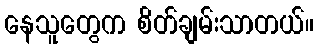
နေသူတွေက စိတ်ချမ်းသာတယ်။